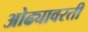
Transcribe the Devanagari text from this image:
ओढ्यावरती